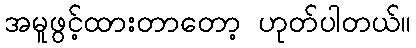
အမူဖွင့်ထားတာတော့ ဟုတ်ပါတယ်။